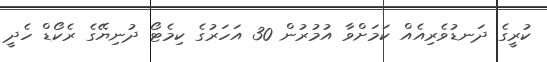
ކުރީގެ ދަނޑުވެރިއެއް ކަމަށްވާ އުމުރުން 30 އަހަރުގެ ކިމެޓޯ ދުނިޔޭގެ ރެކޯޑް ހެދީ